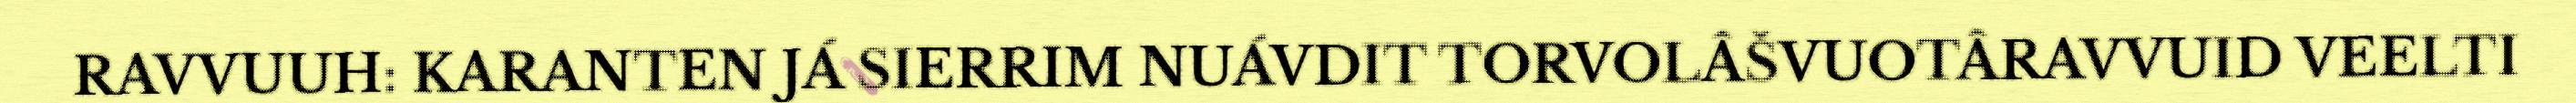
RAVVUUH: KARANTEN JÁ SIERRIM NUÁVDIT TORVOLÂŠVUOTÂRAVVUID VEELTI